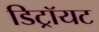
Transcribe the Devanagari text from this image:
डिट्रॉयट